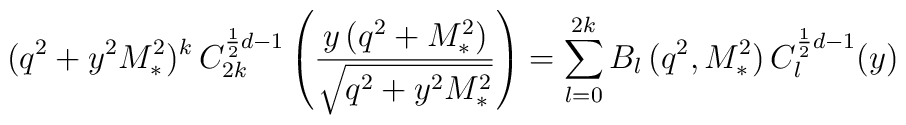
(q^{2}+y^{2}M_{\ast }^{2})^{k}\,C_{2k}^{\frac{1}{2}d-1}\left( \frac{y\left(q^{2}+M_{\ast }^{2}\right) }{\sqrt{q^{2}+y^{2}M_{\ast }^{2}}}\right)=\sum_{l=0}^{2k}B_{l}\,(q^{2},M_{\ast }^{2})\,C_{l}^{\frac{1}{2}d-1}(y)